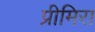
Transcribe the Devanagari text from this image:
प्रीमिरा